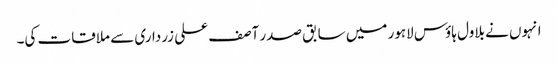
انہوں نے بلاول ہاؤس لاہور میں سابق صدر آصف علی زرداری سے ملاقات کی۔